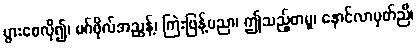
ပွားစေလို၍၊ မဂ်ဖိုလ်အညွန့်၊ ကြဲးဖြန့်ပညာ၊ ဤသည့်စာမူ၊ နောင်လာမှတ်ညီ၊